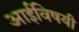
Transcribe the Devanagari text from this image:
आईविषयी